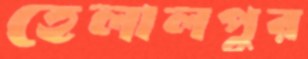
হেলালপুর